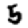
Digit: 5